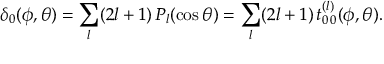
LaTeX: \delta _ { 0 } ( \phi , \theta ) = \sum _ { l } ( 2 l + 1 ) \, P _ { l } ( \cos \theta ) = \sum _ { l } ( 2 l + 1 ) \, t _ { 0 \, 0 } ^ { ( l ) } ( \phi , \theta ) .